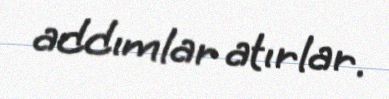
addımlar atırlar.